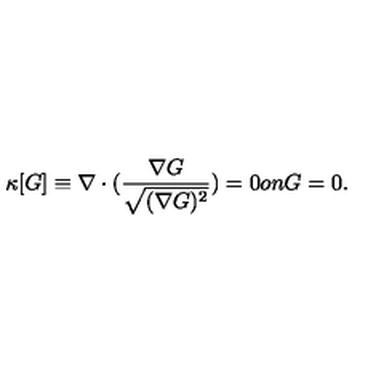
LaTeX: \kappa [ G ] \equiv \nabla \cdot ( \frac { \nabla G } { \sqrt { ( \nabla G ) ^ { 2 } } } ) = 0 o n G = 0 .